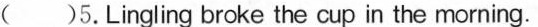
( )5.Lingling broke the cup in the morning.